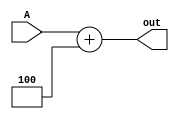
module adder (A, out);
	input[7:0] A;
	output[7:0] out;
	assign out = A + 3'b100;
	
endmodule